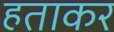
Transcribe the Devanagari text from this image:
हताकर